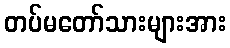
တပ်မတော်သားများအား